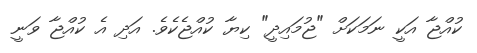
ކުއްޖާ އަކީ ނަމަކަށް "ޖުމައިދީ" ކިޔާ ކުއްޖެކެވެ. އަދި އެ ކުއްޖާ ވަނީ